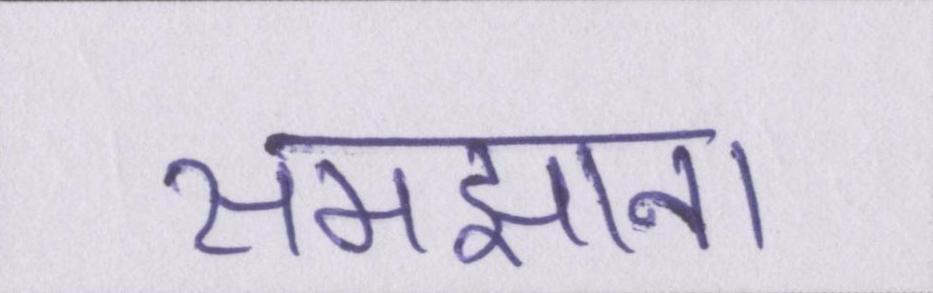
समझाना